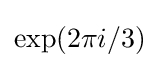
\exp(2\pi i/3)